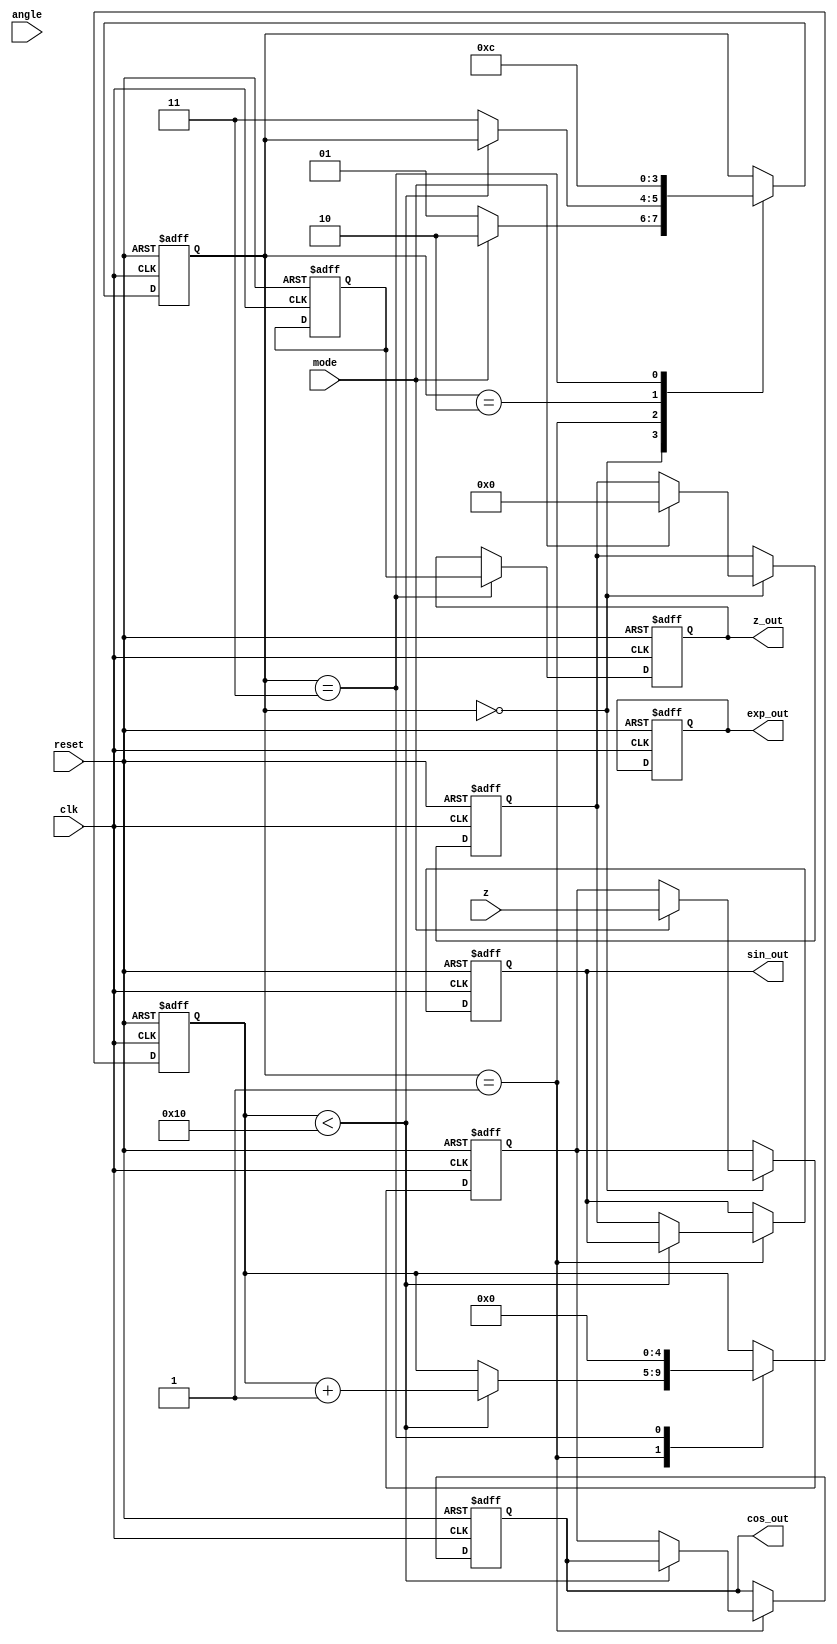
module cordic_fp (
    input wire clk,
    input wire reset,
    input wire [31:0] angle, // Floating-point angle input
    input wire [31:0] z,     // Vector input for vectoring mode
    input wire mode,         // 0 for rotation, 1 for vectoring
    output reg [31:0] sin_out, // Sine output
    output reg [31:0] cos_out, // Cosine output
    output reg [31:0] exp_out, // Exponential output
    output reg [31:0] z_out    // Vectoring result
);

    // Internal registers
    reg [31:0] x_reg, y_reg, z_reg;
    reg [31:0] angle_reg;
    reg [4:0] iteration; // Number of iterations
    reg [1:0] state;     // FSM state

    // Constants for CORDIC
    reg [31:0] atan_table [0:15]; // Pre-calculated arctangent values
    reg [31:0] gain_table [0:15]; // Pre-calculated gain values

    initial begin
        // Initialize atan_table and gain_table with appropriate values
        // These values should be pre-calculated based on the CORDIC algorithm
        atan_table[0] = 32'h00000000; // atan(0)
        atan_table[1] = 32'h3F19999A; // atan(1/2^1)
        atan_table[2] = 32'h3E4CCCCD; // atan(1/2^2)
        // ... Fill in the rest of the table
        gain_table[0] = 32'h3F800000; // Gain for 0 iterations
        gain_table[1] = 32'h3F2AAAAA; // Gain for 1 iteration
        // ... Fill in the rest of the table
    end

    // FSM states
    localparam IDLE = 2'b00;
    localparam ROTATE = 2'b01;
    localparam VECTOR = 2'b10;
    localparam DONE = 2'b11;

    // Control logic
    always @(posedge clk or posedge reset) begin
        if (reset) begin
            state <= IDLE;
            iteration <= 0;
            x_reg <= 32'h40000000; // Initial x = 1.0 in floating-point
            y_reg <= 32'h00000000; // Initial y = 0.0
            z_reg <= 32'h00000000; // Initial z = 0.0
            sin_out <= 32'h00000000;
            cos_out <= 32'h00000000;
            exp_out <= 32'h00000000;
            z_out <= 32'h00000000;
        end else begin
            case (state)
                IDLE: begin
                    if (mode == 0) begin // Rotation mode
                        angle_reg <= angle;
                        state <= ROTATE;
                    end else begin // Vectoring mode
                        x_reg <= z; // Use z as the input vector
                        y_reg <= 32'h00000000; // Initial y = 0.0
                        state <= VECTOR;
                    end
                end

                ROTATE: begin
                    if (iteration < 16) begin
                        // CORDIC rotation logic
                        // Update x_reg, y_reg, z_reg based on angle_reg and atan_table
                        // This is a simplified representation; actual implementation will require
                        // floating-point arithmetic operations
                        // Example:
                        // if (z_reg < angle_reg) begin
                        //     x_reg <= x_reg - (y_reg >> iteration);
                        //     y_reg <= y_reg + (x_reg >> iteration);
                        //     z_reg <= z_reg + atan_table[iteration];
                        // end else begin
                        //     x_reg <= x_reg + (y_reg >> iteration);
                        //     y_reg <= y_reg - (x_reg >> iteration);
                        //     z_reg <= z_reg - atan_table[iteration];
                        // end
                        iteration <= iteration + 1;
                    end else begin
                        sin_out <= y_reg; // Output sine
                        cos_out <= x_reg; // Output cosine
                        state <= DONE;
                    end
                end

                VECTOR: begin
                    // CORDIC vectoring logic
                    // Similar to rotation but for vectoring
                    // Update z_out based on x_reg and y_reg
                    // Example:
                    // if (y_reg < 0) begin
                    //     z_reg <= z_reg - atan_table[iteration];
                    // end else begin
                    //     z_reg <= z_reg + atan_table[iteration];
                    // end
                    // Update x_reg, y_reg, and z_out accordingly
                    // ...
                    state <= DONE;
                end

                DONE: begin
                    // Finalize outputs
                    z_out <= z_reg; // Output vectoring result
                    // Reset state for next operation
                    state <= IDLE;
                    iteration <= 0;
                end
            endcase
        end
    end

endmodule